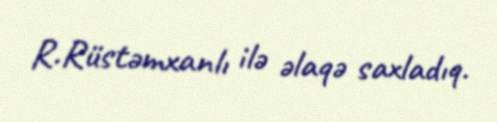
R.Rüstəmxanlı ilə əlaqə saxladıq.